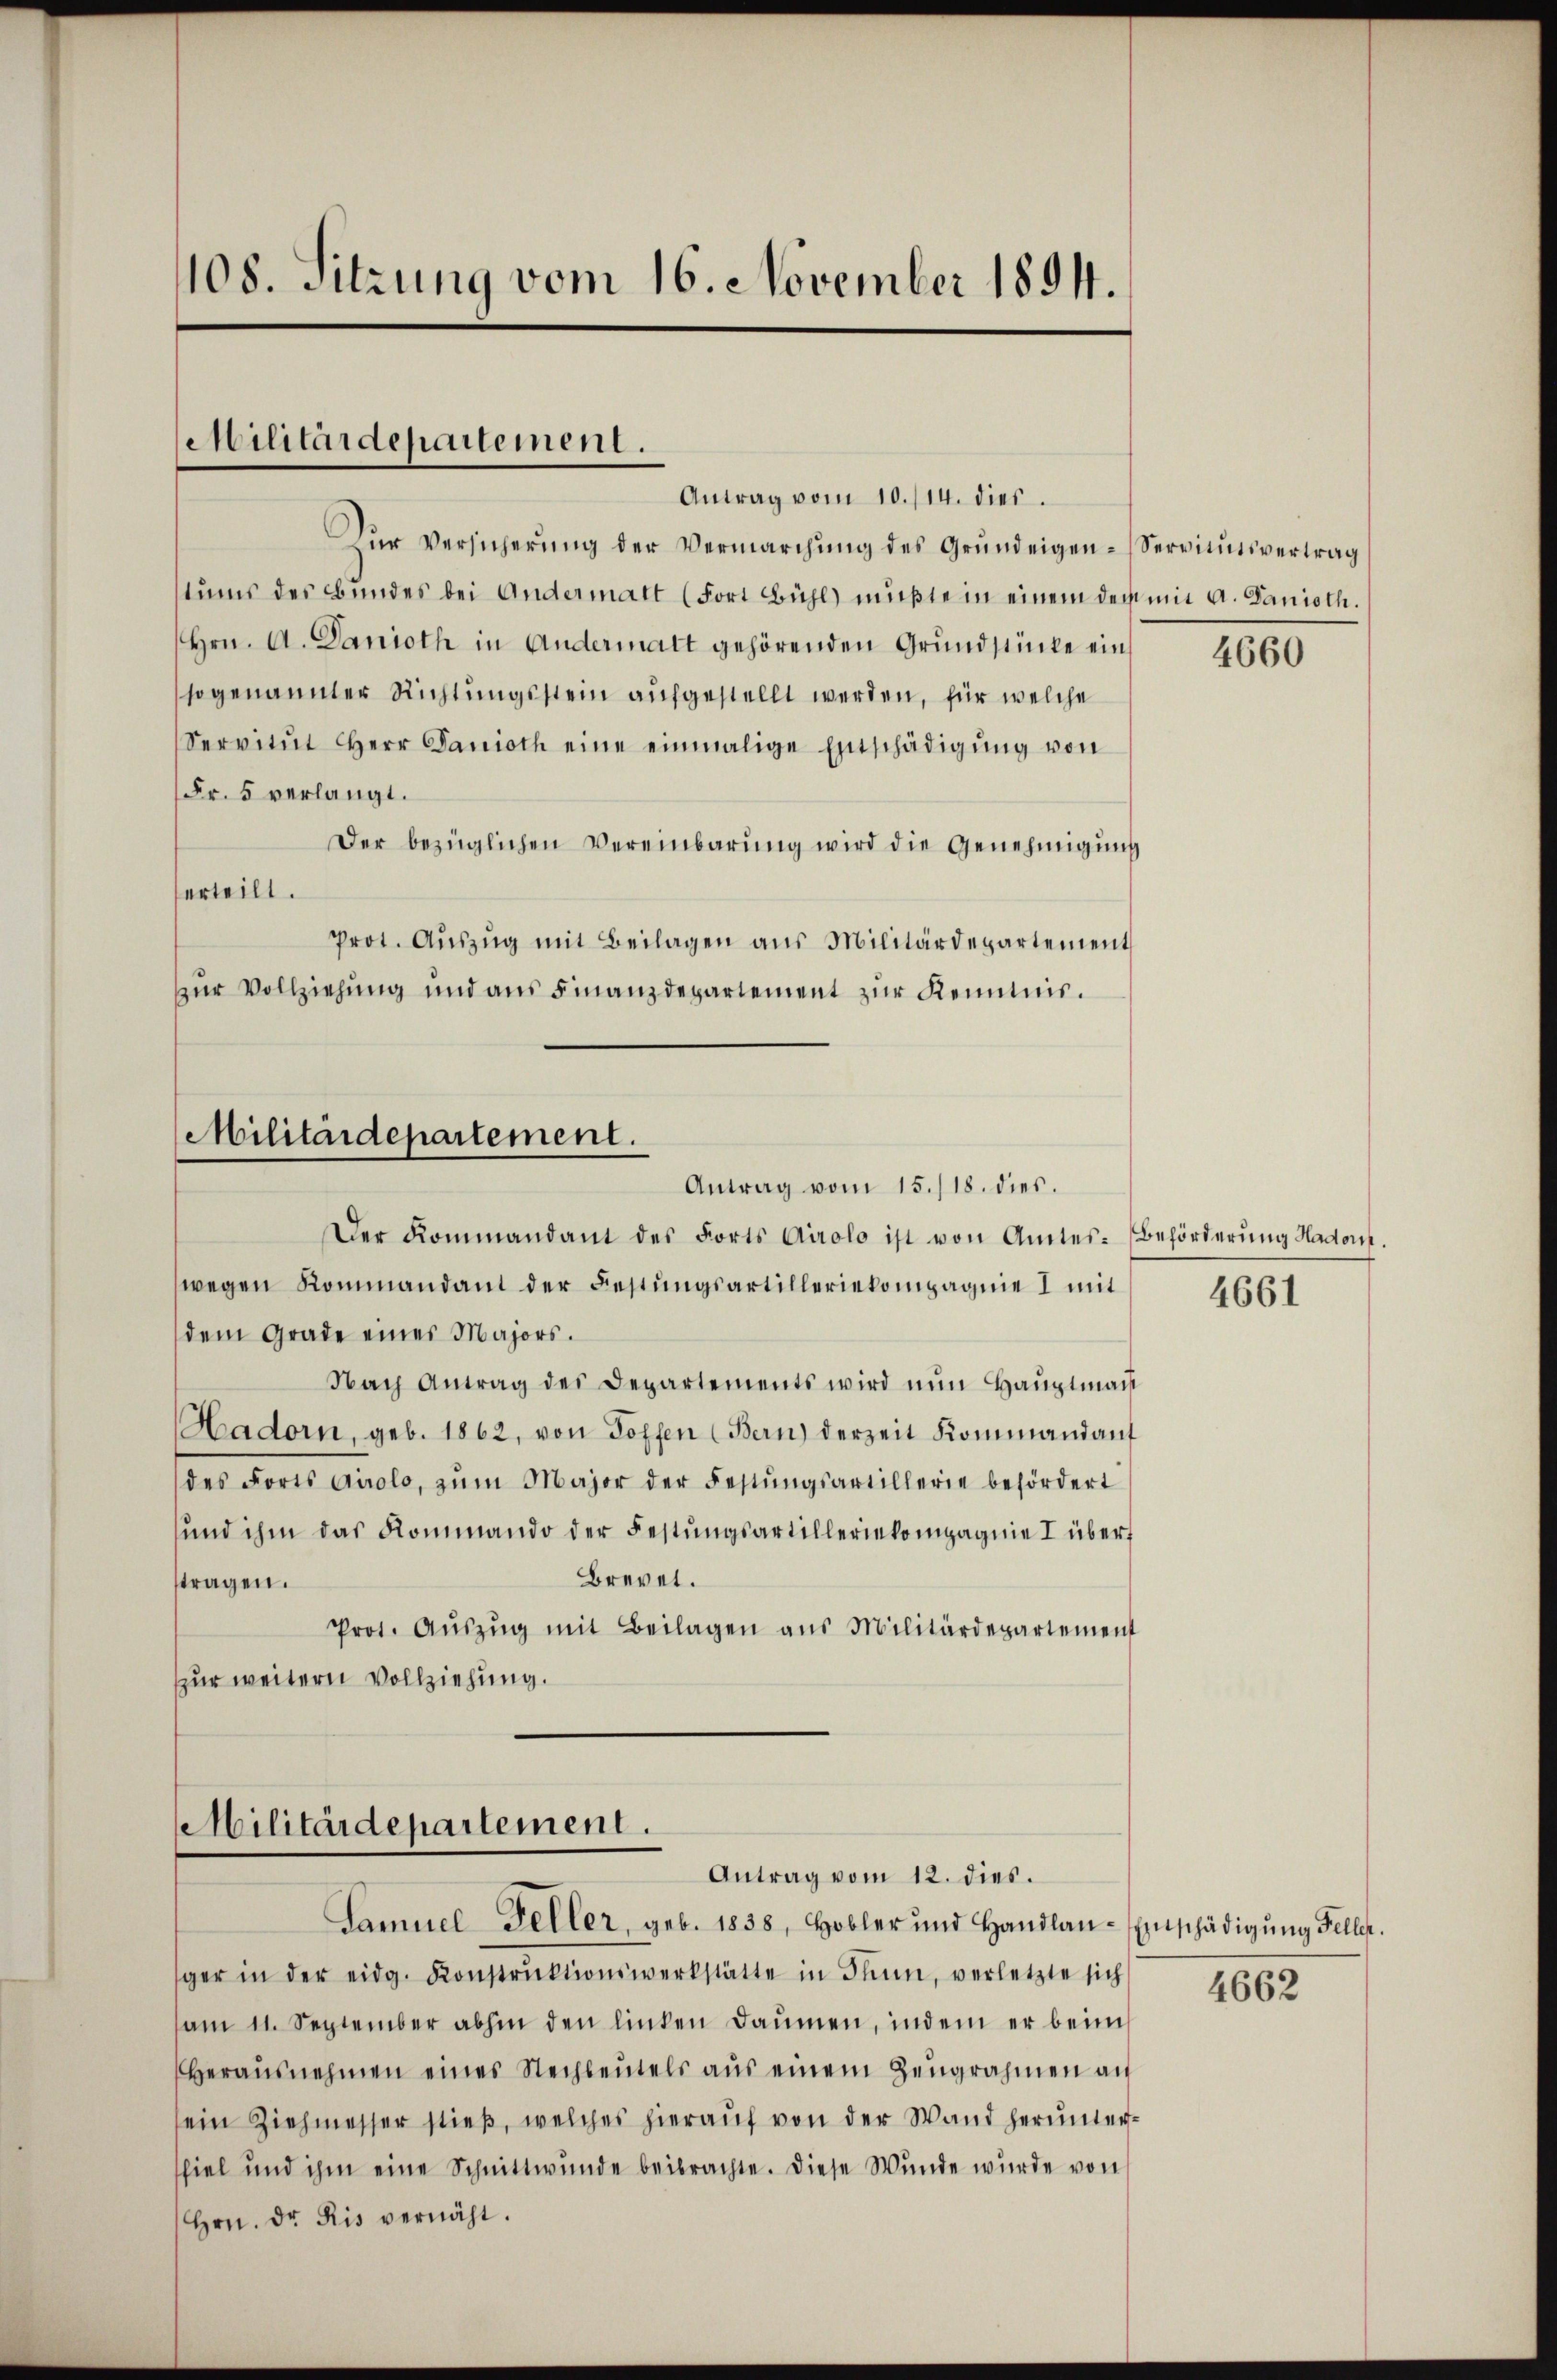
108. Sitzung vom 16. November 1894.

Militärdepartement.

Dŭr Versicherŭng der Vermarchŭng des Grundeigen-Vereinsvertrag,
stums des Bundes bei Andermatt (Fort Bühl müßte in einem der mit A. Danioth.
Hrn. A. Danioth in Andermatt gehörenden Grundstücke ein
sogenannter Richtungsstein aufgestellt werden, für welche
Servitŭt Herr Panioth eine einmalige Entschädigŭng von
Fr. 5 verlangt.
Der bezüglichen Vereinbarŭng wird die Genehmigŭng
erteilt.
prot. Aŭszŭg mit Beilagen aus Militärdepartement
zur Vollziehung und aus Finanzdepartement zur Kenntnis.

Antrag vom 10./14. dies

Militärdepartement.
Antrag vom 15./18. dies.

Militärdepartement.
Antrag vom 12. dies.

Der Kommandant des Forts Airolo ist von Amtes-Behörderung Hadon.
wegen Kommandant der Festungsartilleriekompagnie I mit
dem Grade eines Majors.
Nach Antrag der Departements wird nun Haŭptmann
Hadorn, geb. 1862, von Topfen (Bern) derzeit Kommand auf
des Forts Airolo, zŭm Major der Festŭngsartillerie befördert
und ihm das Kommando der Festungsartilleriekompagnie I über¬
Brevet.
tragen.
Prot. Aŭszŭg mit Beilagen aus Militärdepartement
zur weitern Vollziehung.

Samuel Feller, geb. 1838, Hobler und Handlan-Entschädigŭng Feller.
ger in der eidg. Konstrŭktionswerkstätte in Stim, verletzte sich
am 11. September abhin den linken Daumen, indem er beim
Herausnehmen eines Rechbeutels aus einem Zeugrahmen an
ein Ziehmesser stieß, welches hieraŭf von der Wand herunter-
spiel und ihm eine Schnittwunde beibrachte. Diese Wunde würde von
Hrn. Dr. Ris vernäht.

4660

4661

4662